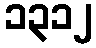
၁၃၁၂